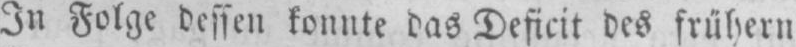
In Folge dessen konnte das Deficit des frühern